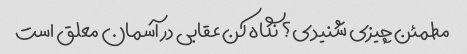
مطمئن چیزی شنیدی؟ نگاه کن عقابی در آسمان معلق است